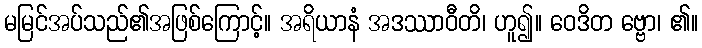
မမြင်အပ်သည်၏အဖြစ်ကြောင့်။ အရိယာနံ အဒဿာဝီတိ၊ ဟူ၍။ ဝေဒိတ ဗ္ဗော၊ ၏။